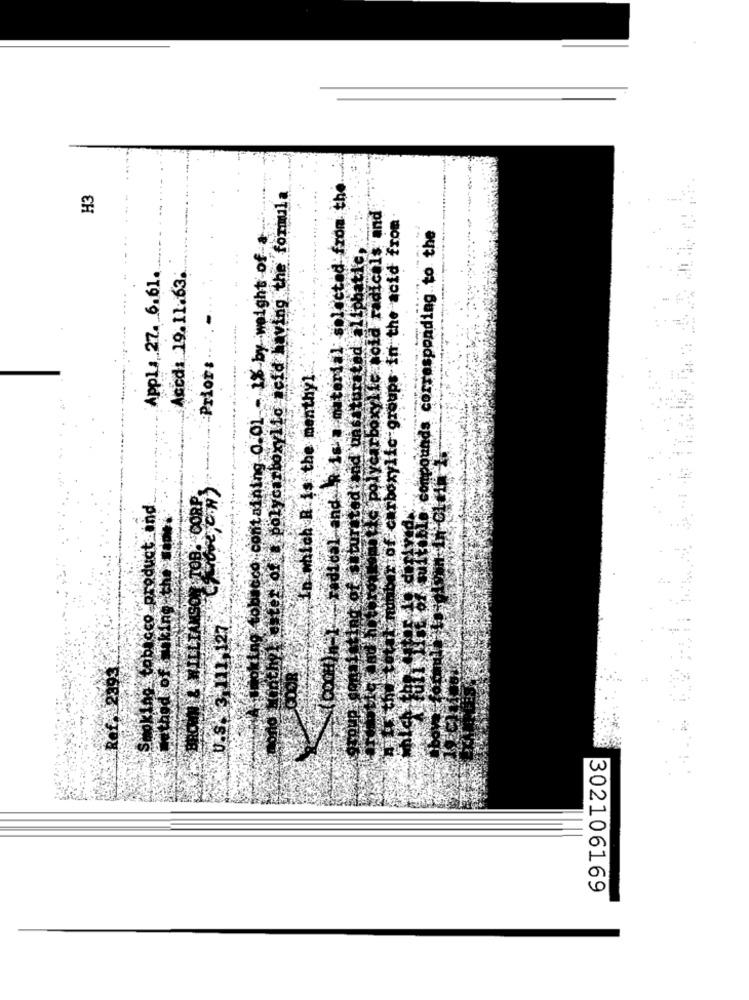
material selected from the
H3
"of . polycarboxylio acid having the formula
;hof carboxylic groups in the acid from
co containing 0.01 - 1% by weight ofa
ompounds corresponding to the
Appli 27. 6.61.
Accd: 19.11.63.
=Priors .-
which R.is the menthyl.
CORP.
Smoking tobacco product _ind
TT & pue TenTP
Ref.
302106169